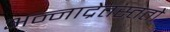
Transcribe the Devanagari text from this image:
अन्नाद्रेतस्ततो